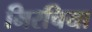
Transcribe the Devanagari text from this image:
मिरचिया